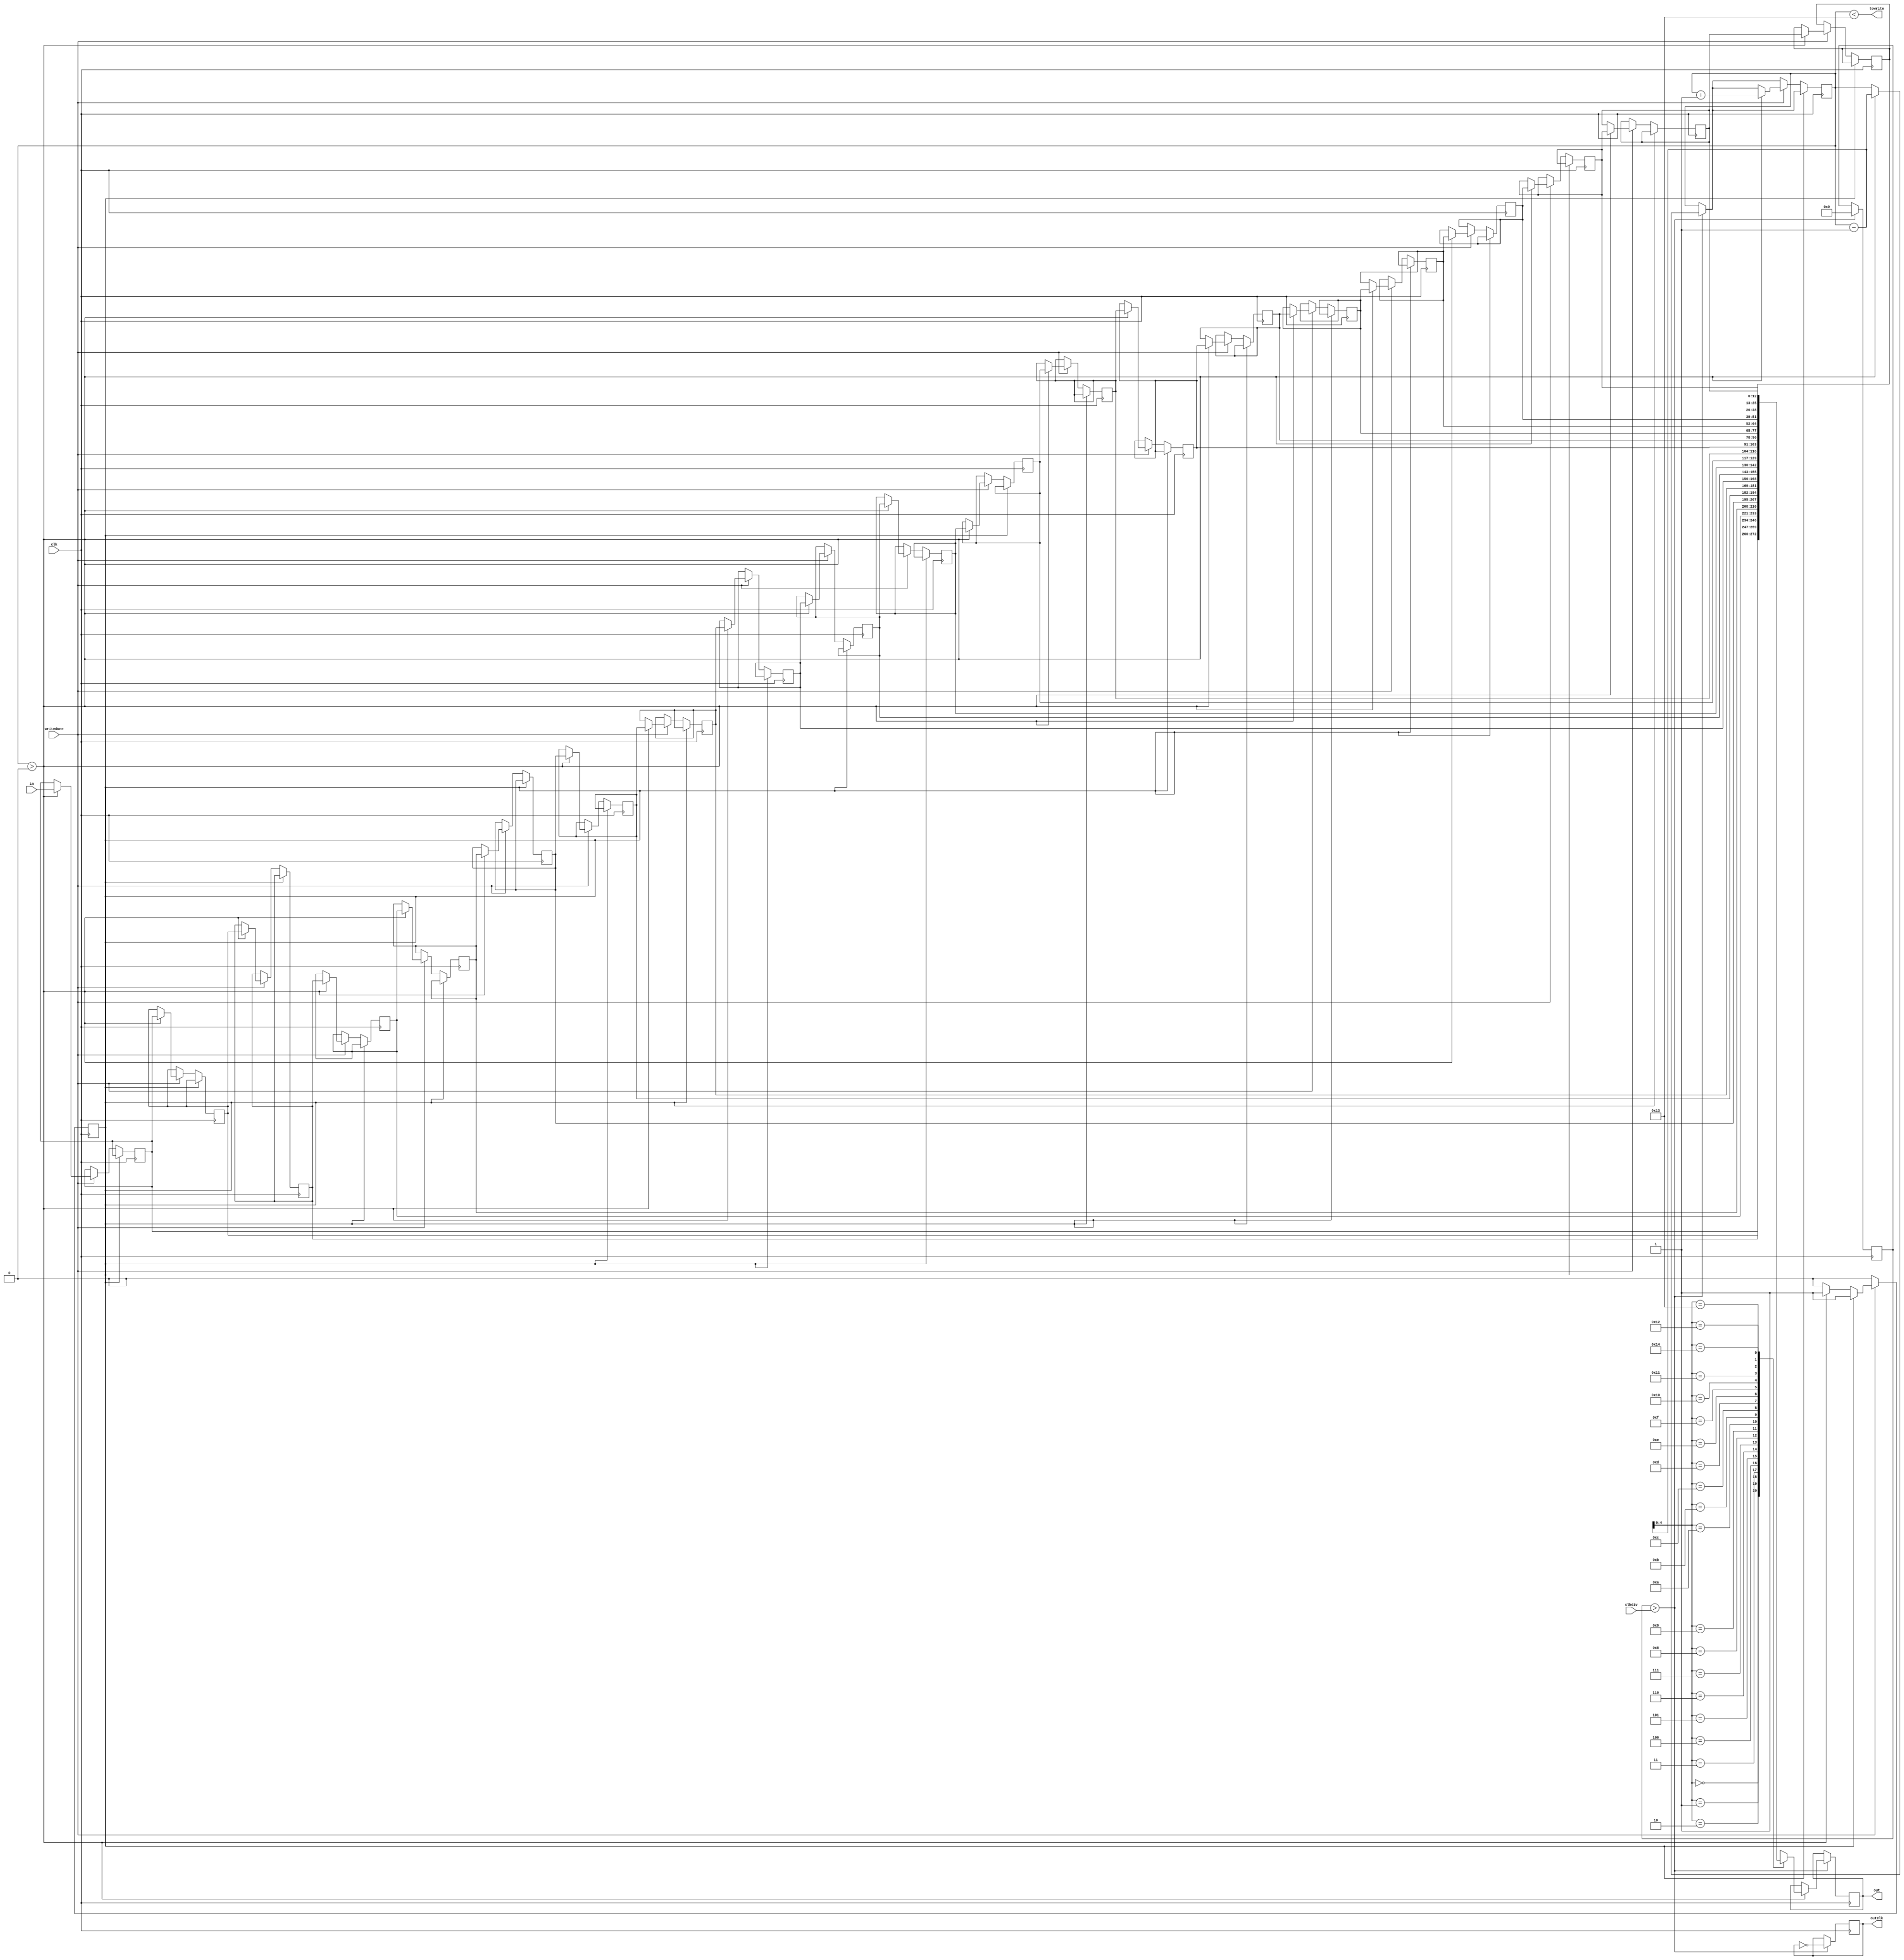
module OutBuff #(parameter WIDTH = 13)(
	input clk,
	input [WIDTH-1:0] in,
	output reg [WIDTH-1:0] out,
	input writedone,
	input clkdiv,
	output reg outclk,
	output towrite);
    reg [6:0] i;
	reg [WIDTH-1:0] outbuf [20:0];
	reg [15:0] counter = 0;
	reg oldwrite = 0;
	reg [6:0] bufpointer = 0;
	assign towrite = (bufpointer < 8'd19);
	always @(posedge clk) begin
		if (counter > clkdiv) begin
			outclk <= !outclk;
			counter <= 0;
			if (bufpointer > 0) begin
				out <= outbuf[bufpointer - 1];
				bufpointer <= bufpointer - 1;
			end
		end
		if (!oldwrite) begin
			if (writedone) begin
				if(bufpointer > 0) begin
					for(i=1;i<21;i=i+1) begin
						outbuf[i] <= outbuf[i-1];
					end
					outbuf[0] <= in;
					bufpointer <= bufpointer + 1;
					oldwrite <= 1;
				end
			end
		end
		if (!writedone) begin
			oldwrite <= 0;
		end
	end
endmodule